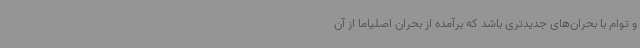
و توام با بحران‌های جدیدتری باشد که برآمده از بحران اصلیاما از آن